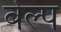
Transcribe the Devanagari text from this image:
बेल्प